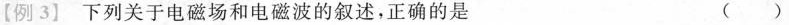
【例3】下列关于电磁场和电磁波的叙述，正确的是（）